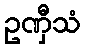
ဥဏှီသံ